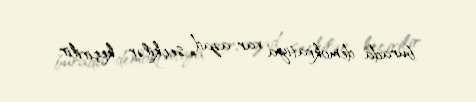
burada demokratiya var, azad seçkilər keçirilir.